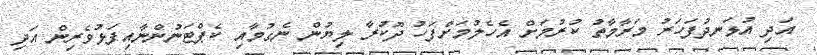
އަދި އުޅަނދުފަހަރު މަރާމާތު ކުރުމަށް އެހެލުމަށްފަހު ދޫކުރާ ލިޔުން ނެގުމާއި ކެޕްޓަނުންނާއިފަޅުވެރިން އަދި